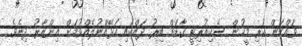
ވައްކަން ކުރި މީހުން ސެކިއުރިޓީ ގާޑަށް ބިރު ދައްކައި ހަޅޭއްނުލެއްވުމަށް އިންޒާރު ދިނެވެ.